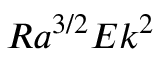
R a ^ { 3 / 2 } E k ^ { 2 }